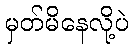
မှတ်မိနေလို့ပဲ